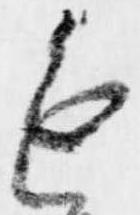
進